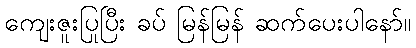
ကျေးဇူးပြုပြီး ခပ် မြန်မြန် ဆက်ပေးပါနော်။